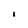
Character: i